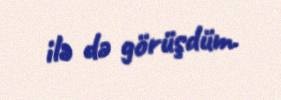
ilə də görüşdüm.